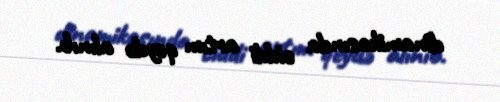
dinamikasında ciddi artım qeydə alınıb.